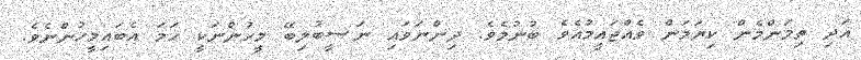
އަދި ތިމަންމެން ކިޔަމަން ވެއްޖައީމުއެވެ ބުނުމެވެ. ދިންނަވައި ނަޞީބުލިބޭ މީހުންނަކީ ހަމަ އެބައިމީހުންނެވެ.